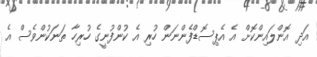
އަދި އޮންލައިންކޮށް އެ އެޕިސޮޑްފެންނަން ހުރި އެ ކުންފުނީގެ ހުރިހާ ތަނަކުންވެސް އެ